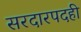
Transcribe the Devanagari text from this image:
सरदारपदही